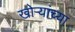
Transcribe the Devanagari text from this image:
खोर्‍यांच्या